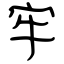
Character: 牢